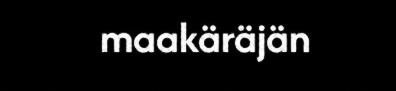
maakäräjän